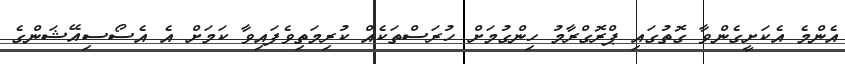
އެންމެ އެކަށީގެންވާ ގޮތުގައި ޕްރޮގްރާމު ހިންގުމަށް ހުރަސްތަކެއް ކުރިމަތިވެފައިވާ ކަމަށް އެ އެސޯސިއޭޝަންގެ